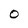
Character: O